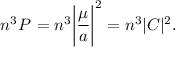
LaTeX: n ^ { 3 } P _ { \mathrm { \Phi } } = n ^ { 3 } \biggl \vert \frac { \mu } { a } \biggr \vert ^ { 2 } = n ^ { 3 } \vert C \vert ^ { 2 } .